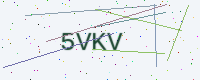
Text: 5VKV